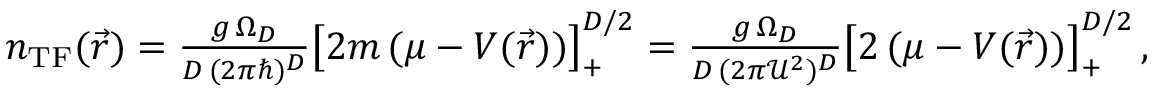
\begin{array} { r } { n _ { \mathrm { T F } } ( \vec { r } ) = \frac { g \, \Omega _ { D } } { D \, ( 2 \pi \hbar ) ^ { D } } \big [ 2 m \, ( \mu - V ( \vec { r } ) ) \big ] _ { + } ^ { D / 2 } = \frac { g \, \Omega _ { D } } { D \, ( 2 \pi { \mathcal U } ^ { 2 } ) ^ { D } } \big [ 2 \, ( \mu - V ( \vec { r } ) ) \big ] _ { + } ^ { D / 2 } \, , } \end{array}